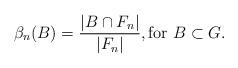
LaTeX: \begin{align*}\beta_n(B) = \frac{|B \cap F_n|}{|F_n|}, \textrm{for $B \subset G$}.\end{align*}